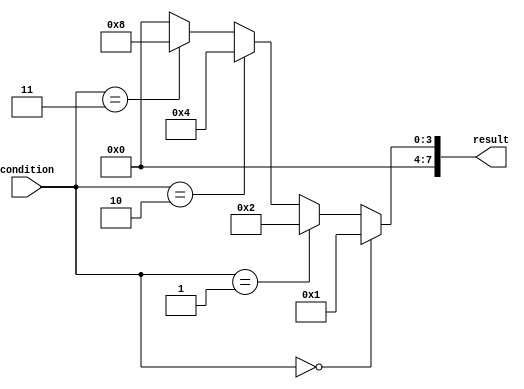
module multiple_if_else_statement (
    input [3:0] condition,
    output reg [7:0] result
);

always @ (*) begin
    if (condition == 4'b0000) begin
        result = 8'b00000001;
    end
    else if (condition == 4'b0001) begin
        result = 8'b00000010;
    end
    else if (condition == 4'b0010) begin
        result = 8'b00000100;
    end
    else if (condition == 4'b0011) begin
        result = 8'b00001000;
    end
    // Add more else if statements as needed for additional conditions

    else begin
        result = 8'b00000000;
    end
end

endmodule